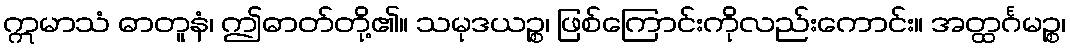
ဣမာသံ ဓာတူနံ၊ ဤဓာတ်တို့၏။ သမုဒယဉ္စ၊ ဖြစ်ကြောင်းကိုလည်းကောင်း။ အတ္ထင်္ဂမဉ္စ၊